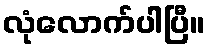
လုံလောက်ပါပြီ။